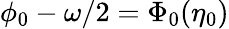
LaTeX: \phi_{0}-\omega/2=\Phi_{0}(\eta_{0})